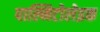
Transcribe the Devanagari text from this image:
पाल्मिटोलेइक